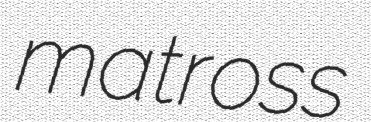
matross